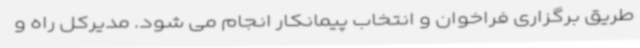
طریق برگزاری فراخوان و انتخاب پیمانکار انجام می شود. مدیرکل راه و